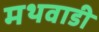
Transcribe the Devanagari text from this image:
मथवाडी